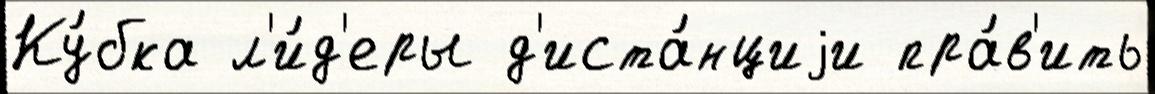
Ку́бка л'и́д'еры д'иста́нциjи пра́в'ить